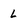
Character: L